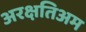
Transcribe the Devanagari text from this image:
अरक्षतिअम